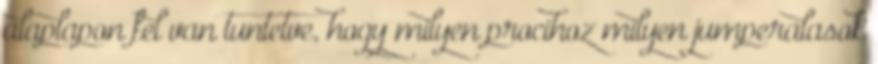
alaplapon fel van tuntetve, hogy milyen procihoz milyen jumperalasok